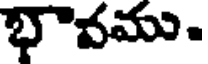
భౌవము.